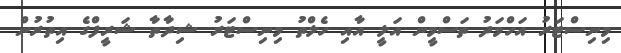
މިނިސްޓަރު އަހްމަދު ތަސްމީން އަލީ އާއި ހެލްތު މިނިސްޓަރު ޝިދާތާ ޝަރީފްގެ އިތުރުން